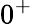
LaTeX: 0^{+}